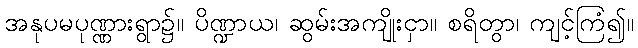
အနုပမပုဏ္ဏားရွာ၌။ ပိဏ္ဍာယ၊ ဆွမ်းအကျိုးငှာ။ စရိတွာ၊ ကျင့်ကြံ၍။